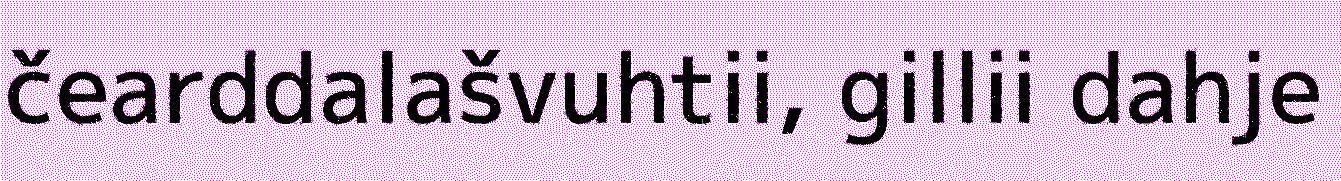
čearddalašvuhtii, gillii dahje